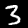
Digit: 3